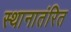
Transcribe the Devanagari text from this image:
स्थानातंरित